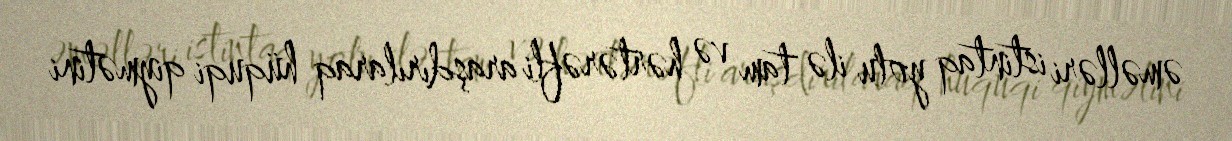
əməlləri istintaq yolu ilə tam və hərtərəfli araşdırılaraq hüquqi qiymətini